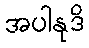
အပါနုဒိ